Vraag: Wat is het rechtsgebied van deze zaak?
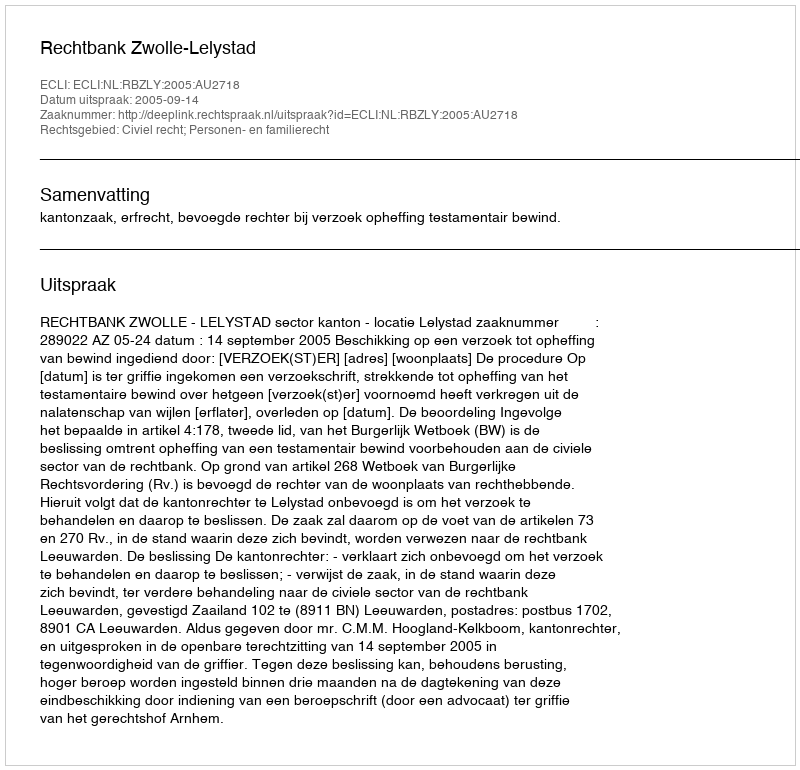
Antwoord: Civiel recht; Personen- en familierecht